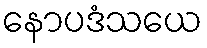
နောပဒံသယေ